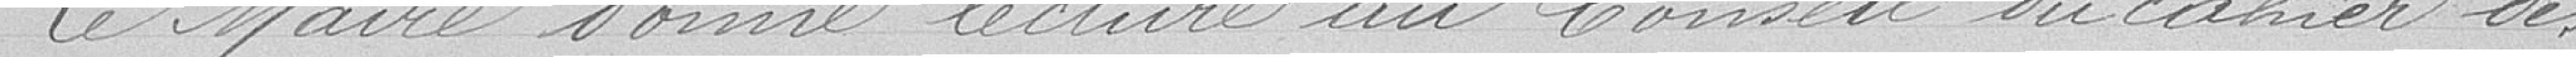
Le Maire donne lecture au Conseil du cahier des